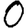
Digit: 0